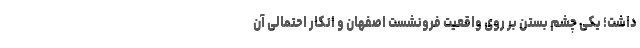
داشت؛ یکی چشم بستن بر روی واقعیت فرونشست اصفهان و انکار احتمالی آن